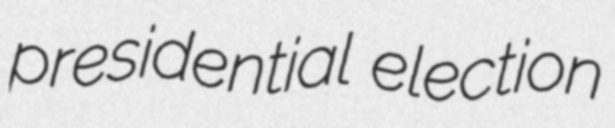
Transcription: presidential election